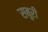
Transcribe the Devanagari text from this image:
सबुरी